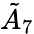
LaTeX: {\tilde{A}}_{7}